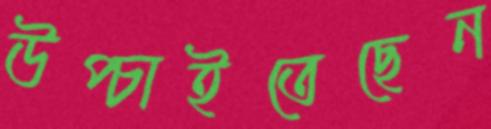
উপ্‌চাইতেছেন